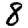
Digit: 8